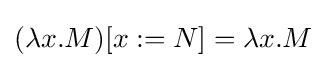
(\lambda x.M)[x:=N]=\lambda x.M